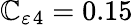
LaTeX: \mathbb{C}_{\varepsilon}{}_{4}=0.15